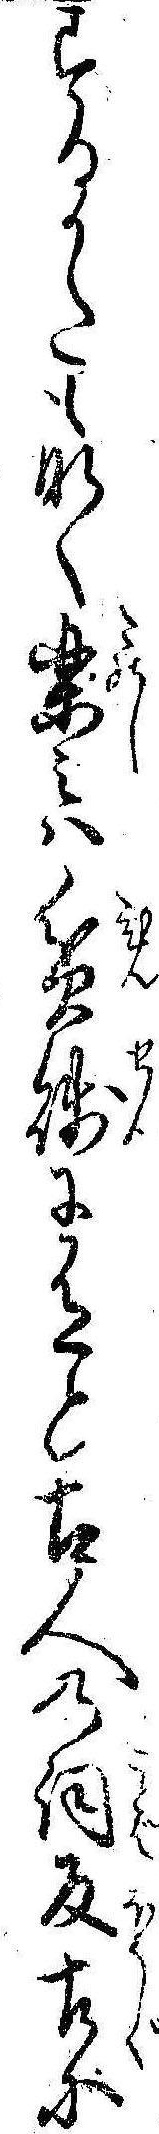
するかたもなく楽みは貧賎に有と古人の詞反古に